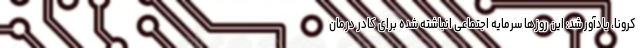
کرونا، یادآور شد: این روزها سرمایه اجتماعی انباشته شده برای کادر درمان